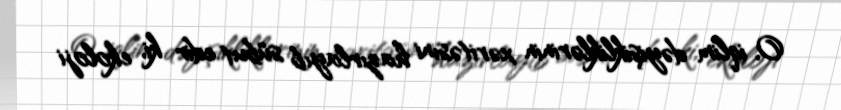
O, iqlim dəyişikliklərinin xəritəsini hazırlayıb sübut edir ki, ekoloji